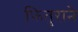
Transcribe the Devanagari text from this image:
फितुराने